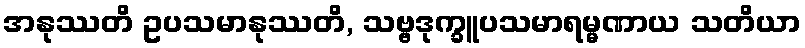
အနုဿတိ ဥပသမာနုဿတိ, သဗ္ဗဒုက္ခူပသမာရမ္မဏာယ သတိယာ